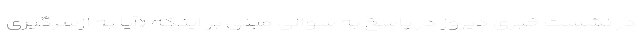
در نشست خبری دیروز در پاسخ به سوالی مبنی بر اینکه «آیا به ازسرگیری